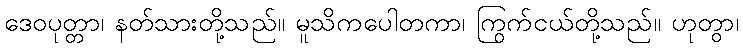
ဒေဝပုတ္တာ၊ နတ်သားတို့သည်။ မူသိကပေါတကာ၊ ကြွက်ငယ်တို့သည်။ ဟုတွာ၊